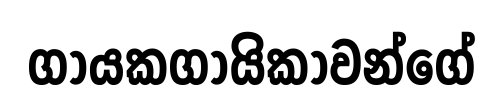
ගායකගායිකාවන්ගේ